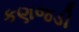
કણજડી